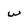
Character: w